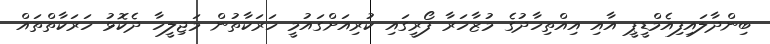
ބިންދާލައިފިއެމްޑީޕީ އާއި އިއްތިހާދުގެ މުޒާހަރާ ފޯރީގައި ކުރިއަށްގައުމީ ހަރަކާތުން މަޖިލީހާ ދެކޮޅު ހަރަކާތްތައް